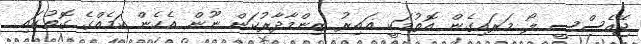
ޖޭއެސްސީ ލޯ މަރައިގެން އޮތުމަކީ ޣައިރު ޒިންމާދާރުކަން ނޫން އެހެން ކަމެއްގެ ގޮތުގައި